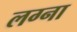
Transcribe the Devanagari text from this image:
लग्ना